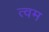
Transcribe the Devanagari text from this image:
त्वम